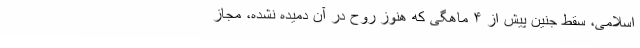
اسلامی، سقط جنین پیش از ۴ ماهگی که هنوز روح در آن دمیده نشده، مجاز